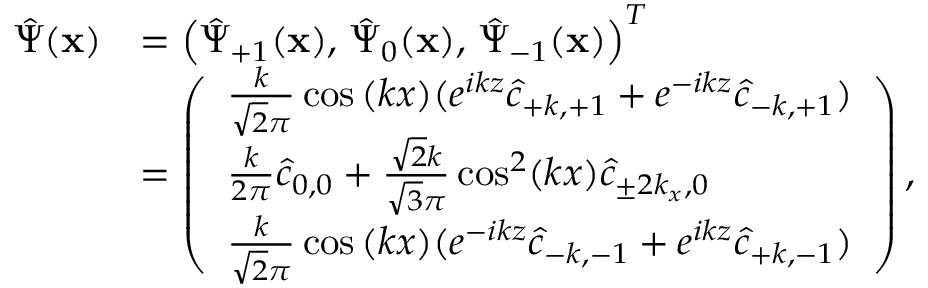
\begin{array} { r l } { \hat { \Psi } ( \mathbf { x } ) } & { = \left( \hat { \Psi } _ { + 1 } ( \mathbf { x } ) , \, \hat { \Psi } _ { 0 } ( \mathbf { x } ) , \, \hat { \Psi } _ { - 1 } ( \mathbf { x } ) \right) ^ { T } } \\ & { = \left( \begin{array} { l } { \frac { k } { \sqrt { 2 } \pi } \cos { ( k x ) } ( e ^ { i k z } \hat { c } _ { + k , + 1 } + e ^ { - i k z } \hat { c } _ { - k , + 1 } ) } \\ { \frac { k } { 2 \pi } \hat { c } _ { 0 , 0 } + \frac { \sqrt { 2 } k } { \sqrt { 3 } \pi } \cos ^ { 2 } ( k x ) \hat { c } _ { \pm 2 k _ { x } , 0 } } \\ { \frac { k } { \sqrt { 2 } \pi } \cos { ( k x ) } ( e ^ { - i k z } \hat { c } _ { - k , - 1 } + e ^ { i k z } \hat { c } _ { + k , - 1 } ) } \end{array} \right) , } \end{array}